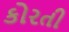
કોરતી